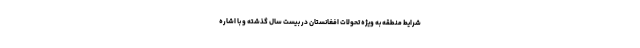
شرایط منطقه به ویژه تحولات افغانستان در بیست سال گذشته و با اشاره